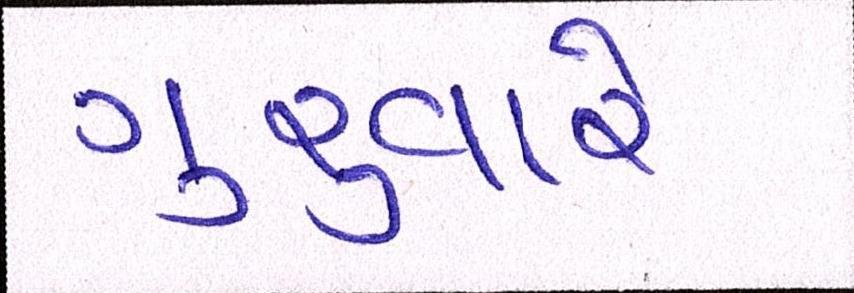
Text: ગુરુવારે